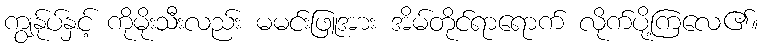
ကျွန်ုပ်နှင့် ကိုမိုးသီးလည်း မမင်းဖြူအား အိမ်တိုင်ရာရောက် လိုက်ပို့ကြလေ၏။